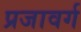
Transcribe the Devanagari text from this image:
प्रजावर्ग